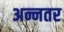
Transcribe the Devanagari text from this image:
अन्नतर